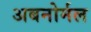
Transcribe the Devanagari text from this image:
अबनोर्मल